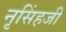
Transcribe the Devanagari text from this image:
नृसिंहजी